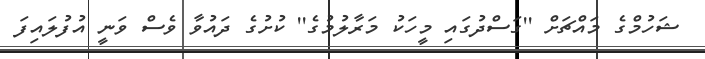
ޝަހުމްގެ މައްޗަށް ''ގަސްދުގައި މީހަކު މަރާލުމުގެ'' ކުށުގެ ދައުވާ ވެސް ވަނީ އުފުލައިފަ